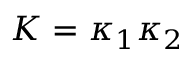
K = \kappa _ { 1 } \kappa _ { 2 }